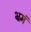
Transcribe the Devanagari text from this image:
भ्रमं